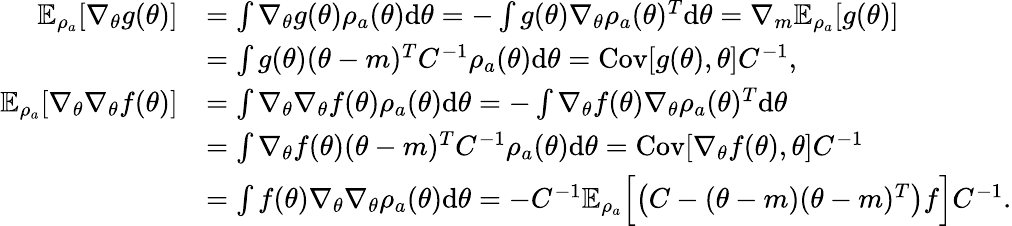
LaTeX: \begin{array}{rl}{\mathbb{E}_{\rho_{a}}[\nabla_{\theta}g(\theta)]}&{=\int\nabla_{\theta}g(\theta)\rho_{a}(\theta)\mathrm{d}\theta=-\int g(\theta)\nabla_{\theta}\rho_{a}(\theta)^{T}\mathrm{d}\theta=\nabla_{m}\mathbb{E}_{\rho_{a}}[g(\theta)]}\\ &{=\int g(\theta)(\theta-m)^{T}C^{-1}\rho_{a}(\theta)\mathrm{d}\theta=\mathrm{Cov}[g(\theta),\theta]C^{-1},}\\ {\mathbb{E}_{\rho_{a}}[\nabla_{\theta}\nabla_{\theta}f(\theta)]}&{=\int\nabla_{\theta}\nabla_{\theta}f(\theta)\rho_{a}(\theta)\mathrm{d}\theta=-\int\nabla_{\theta}f(\theta)\nabla_{\theta}\rho_{a}(\theta)^{T}\mathrm{d}\theta}\\ &{=\int\nabla_{\theta}f(\theta)(\theta-m)^{T}C^{-1}\rho_{a}(\theta)\mathrm{d}\theta=\mathrm{Cov}[\nabla_{\theta}f(\theta),\theta]C^{-1}}\\ &{=\int f(\theta)\nabla_{\theta}\nabla_{\theta}\rho_{a}(\theta)\mathrm{d}\theta=-C^{-1}\mathbb{E}_{\rho_{a}}\Bigl[\bigl(C-(\theta-m)(\theta-m)^{T}\bigr)f\Bigr]C^{-1}.}\end{array}